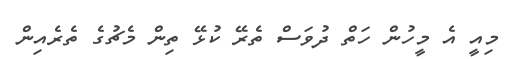
މިއީ އެ މީހުން ހަތް ދުވަސް ތެރޭ ކުޅޭ ތިން މެޗުގެ ތެރެއިން